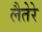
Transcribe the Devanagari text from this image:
लैतेरे